Calcutta medical institutions reports 1871-78
Year: 1871
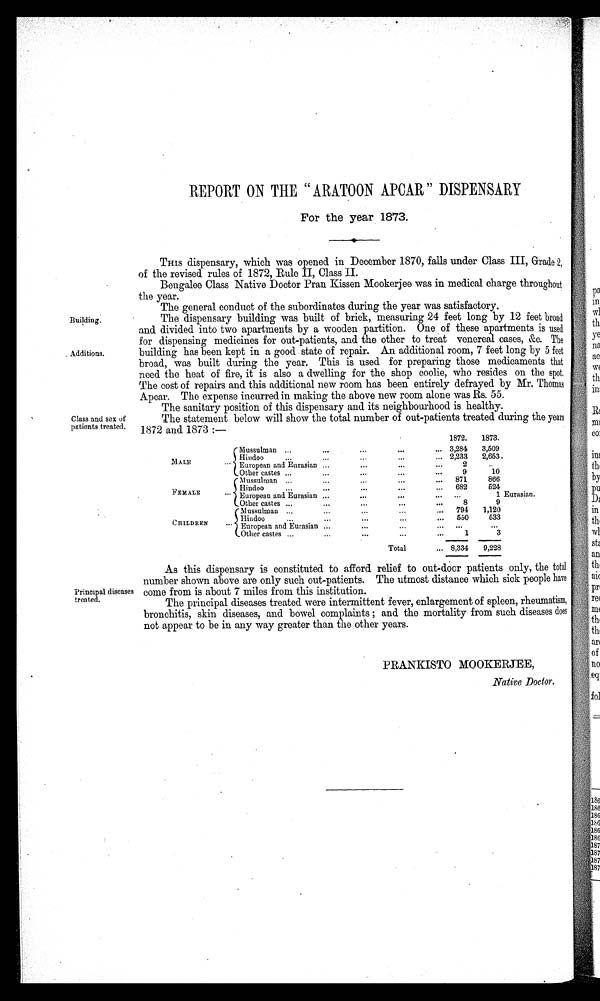
REPORT ON THE ARATOON APCAR " DISPENSARY
For the year 1873.
T H I S d i s p e n s a r y , w h i c h w a s o p e n e d i n D e c e m b e r 1 8 7 0 , f a l l s u n d e r C l a s s I I I , G r a d e
2 ,
of the revised rules of 1872, Rule II, Class II.
Bengalee Class Native Doctor Pran Kissen Mookerjee was in medical charge throughout
the year.
The general conduct of the subordinates during the year was satisfactory.
Building.
Additions.
The dispensary building was built of brick, measuring 24 feet long by 12 feet broad
and divided into two apartments by a wooden partition. One of these apartments is used
for dispensing medicines for out-patients, and the other to treat venereal cases, &c. The
building has been kept in a good state of repair. An additional room, 7 feet long by 5 feet
broad, was built during the year. This is used for preparing those medicaments that
need the heat of fire, it is also a dwelling for the shop coolie, who resides on the spot.
The cost of repairs and this additional new room has been entirely defrayed by Mr. Thomas
Apcar. The expense incurred in making the above new room alone was Rs. 55.
The sanitary position of this dispensary and its neighbourhood is healthy.
Class and sex of
patients treated.
The statement below will show the total number of out-patients treated during the years
1872 and 1873:—
1872.
1873.
MALE
Mussulman
3,284
3,509
Hindoo
2,233
2,653
European and Eurasian
2
..
Other castes
9
10
F E M A L E
Mussulman
871
866
Hindoo
682
524
European and Eurasian
. . .
1
Other castes
8
9
CHILDREN
Mussulman
794
1,120
Hindoo
550
533
European and Eurasian
. . .
Other castes
1
3
Total
8,334
9,228
Eurasian.
Principal diseases
treated.
As this dispensary is constituted to afford relief to out-door patients only, the total
number shown above are only such out-patients. The utmost distance which sick people have
come from is about 7 miles from this institution.
The principal diseases treated were intermittent fever, enlargement of spleen, rheumatism,
bronchitis, skin diseases, and bowel complaints ; and the mortality from such diseases does
not appear to be in any way greater than the other years.
PRANKISTO MOOKERJEE,
Native Doctor.